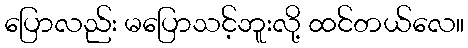
ပြောလည်း မပြောသင့်ဘူးလို့ ထင်တယ်လေ။